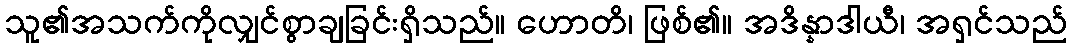
သူ၏အသက်ကိုလျှင်စွာချခြင်းရှိသည်။ ဟောတိ၊ ဖြစ်၏။ အဒိန္နာဒါယီ၊ အရှင်သည်